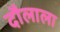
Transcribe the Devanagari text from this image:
दौलाला